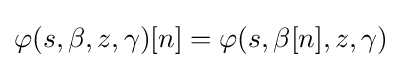
\varphi (s,\beta ,z,\gamma )[n]=\varphi (s,\beta [n],z,\gamma )